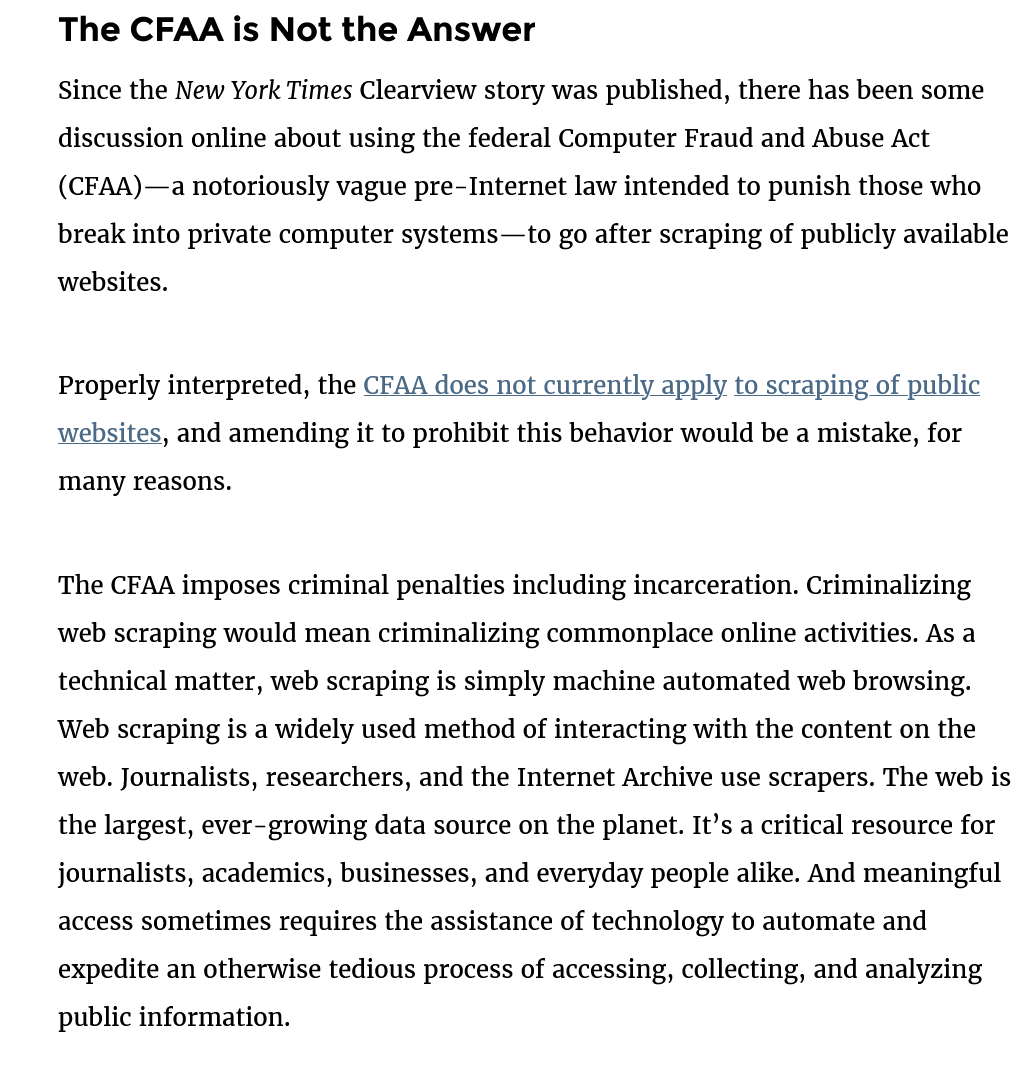
The  CFAA    is Not  the Answer
     Since the New York Times Clearview story was published, there has been some
     discussion online about using the federal Computer Fraud and Abuse Act
     (CFAA)—a notoriously vague pre-Internet law intended to punish those who
     break into private computer systems—to go after scraping of publicly available
     websites.
     websites, and amending it to prohibit this behavior would be a mistake, for
     Many reasons.
     The CFAA imposes criminal penalties including incarceration. Criminalizing
     web scraping would mean criminalizing commonplace online activities. As a
     technical matter, web scraping is simply machine automated web browsing.
     Web scraping is a widely used method of interacting with the content on the
     web. Journalists, researchers, and the Internet Archive use scrapers. The web is
     the largest, ever-growing data source on the planet. It’s a critical resource for
     journalists, academics, businesses, and everyday people alike. And meaningful
     access sometimes requires the assistance of technology to automate and
     expedite an otherwise tedious process of accessing, collecting, and analyzing
     public information.